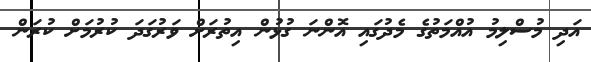
އަދި މުސްލިމު އުއްމަތުގެ މެދުގައި އޮންނަ ގުޅުން އިތުރަށް ވަރުގަދަ ކުރުމަށް ކުރަން